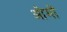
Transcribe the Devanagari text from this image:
ओमों